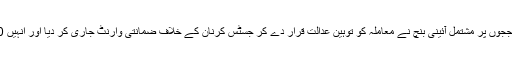
جس پر چیف جسٹس جگدیش سنگھ کیہر کی صدارت والی سات ججوں پر مشتمل آئینی بنچ نے معاملہ کو توہین عدالت قرار دے کر جسٹس کرنان کے خلاف ضمانتی وارنٹ جاری کر دیا اور انہیں 10 ہزار روپے کے ذاتی مچلکہ داخل کرنے کو بھی کہا گیا ہے۔